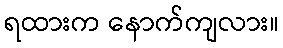
ရထားက နောက်ကျလား။